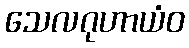
သေလဂုဟာယံဝ